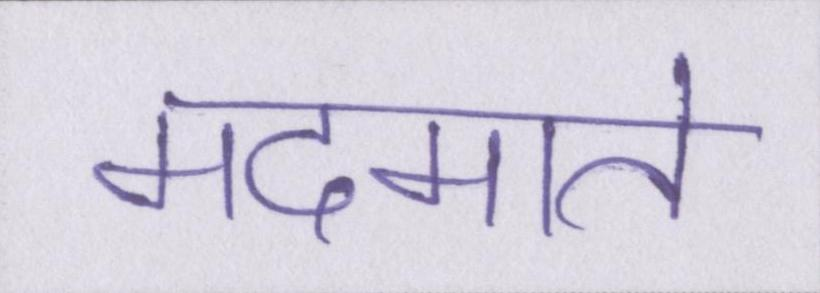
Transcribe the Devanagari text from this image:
मदमाते